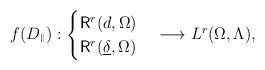
LaTeX: \begin{align*}f(D_{{}^\Vert}):\begin{cases}{\rm{\sf R}}^r(d,\Omega)\\{\rm{\sf R}}^r(\underline{\delta},\Omega)\end{cases}\longrightarrow L^r(\Omega,\Lambda),\end{align*}